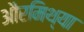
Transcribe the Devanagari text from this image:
औरमिथ्या